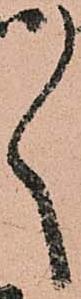
ゝ